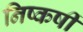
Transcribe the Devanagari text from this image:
निष्कर्षी